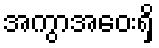
အကွာအဝေးရှိ